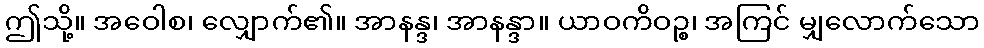
ဤသို့။ အဝေါစ၊ လျှောက်၏။ အာနန္ဒ၊ အာနန္ဒာ။ ယာဝကိဝဉ္စ၊ အကြင် မျှလောက်သော